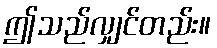
ဤသည်လျှင်တည်း။